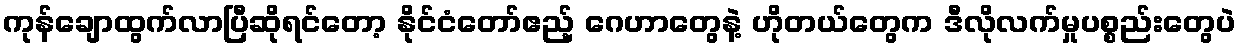
ကုန်ချောထွက်လာပြီဆိုရင်တော့ နိုင်ငံတော်ဧည့် ဂေဟာတွေနဲ့ ဟိုတယ်တွေက ဒီလိုလက်မှုပစ္စည်းတွေပဲ